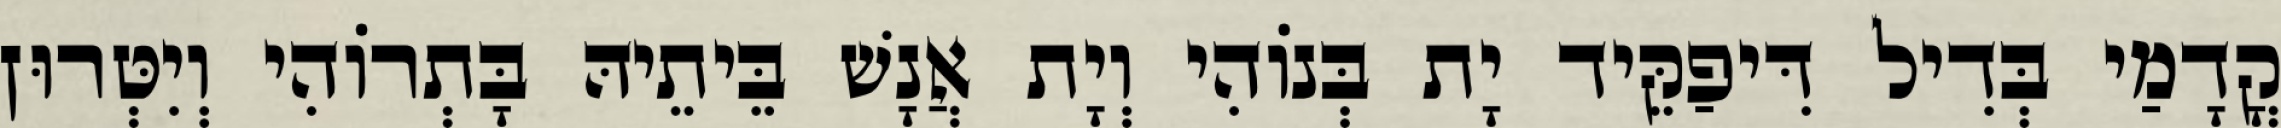
קֳדָמַי בְּדִיל דִּיפַקֵּיד יָת בְּנוֹהִי וְיָת אֲנָשׁ בֵּיתֵיהּ בָּתְרוֹהִי וְיִטְּרוּן